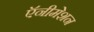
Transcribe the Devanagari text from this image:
ऍनीमेशन